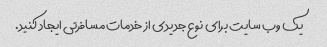
یک وب سایت برای نوع جدیدی از خدمات مسافرتی ایجاد کنید.